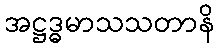
အဋ္ဌဒ္ဓမာသသတာနိ